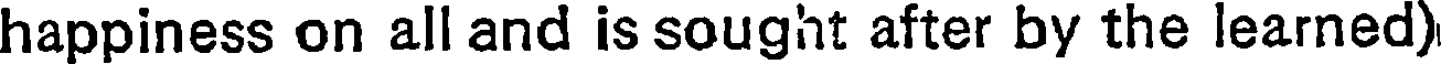
happiness on all and is sought after by the learned)